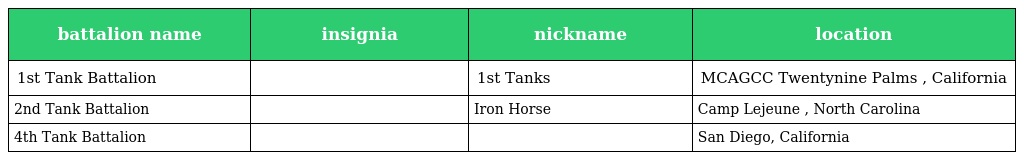
| battalion name | insignia | nickname | location |
 | --- | --- | --- | --- |
 | 1st Tank Battalion |  | 1st Tanks | MCAGCC Twentynine Palms , California |
 | 2nd Tank Battalion |  | Iron Horse | Camp Lejeune , North Carolina |
 | 4th Tank Battalion |  |  | San Diego, California |